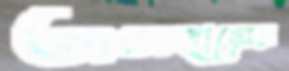
অসহায়ের